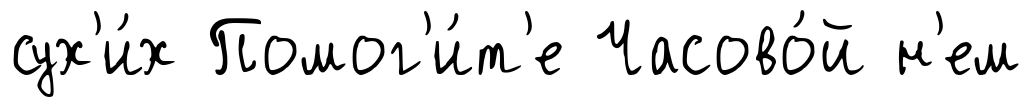
сух'и́х Помог'и́т'е Часово́й н'ем